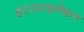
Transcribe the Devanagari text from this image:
इंटरमाइनेबल